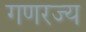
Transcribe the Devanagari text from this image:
गणरज्य